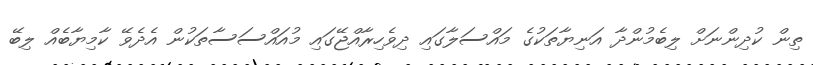
ތިން ކުދިންނަށް ލިބެމުންދާ އަނިޔާތަކުގެ މައްސަލާގައި ދިވެހިރާއްޖޭގައި މުއައްސަސާތަކުން އެދެވޭ ކާމިޔާބެއް ލިބޭ